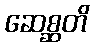
ဆေစ္ဆတိ